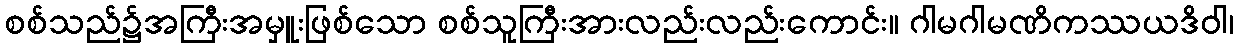
စစ်သည်၌အကြီးအမှူးဖြစ်သော စစ်သူကြီးအားလည်းလည်းကောင်း။ ဂါမဂါမဏိကဿယဒိဝါ၊